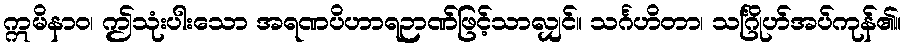
ဣမိနာဝ၊ ဤသုံးပါးသော အရဏပိဟာရဉာဏ်ဖြင့်သာလျှင်။ သင်္ဂဟိတာ၊ သင်္ဂြိုဟ်အပ်ကုန်၏။